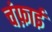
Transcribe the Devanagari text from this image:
चंफ़ाई